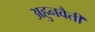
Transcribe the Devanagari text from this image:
अहुनवैती